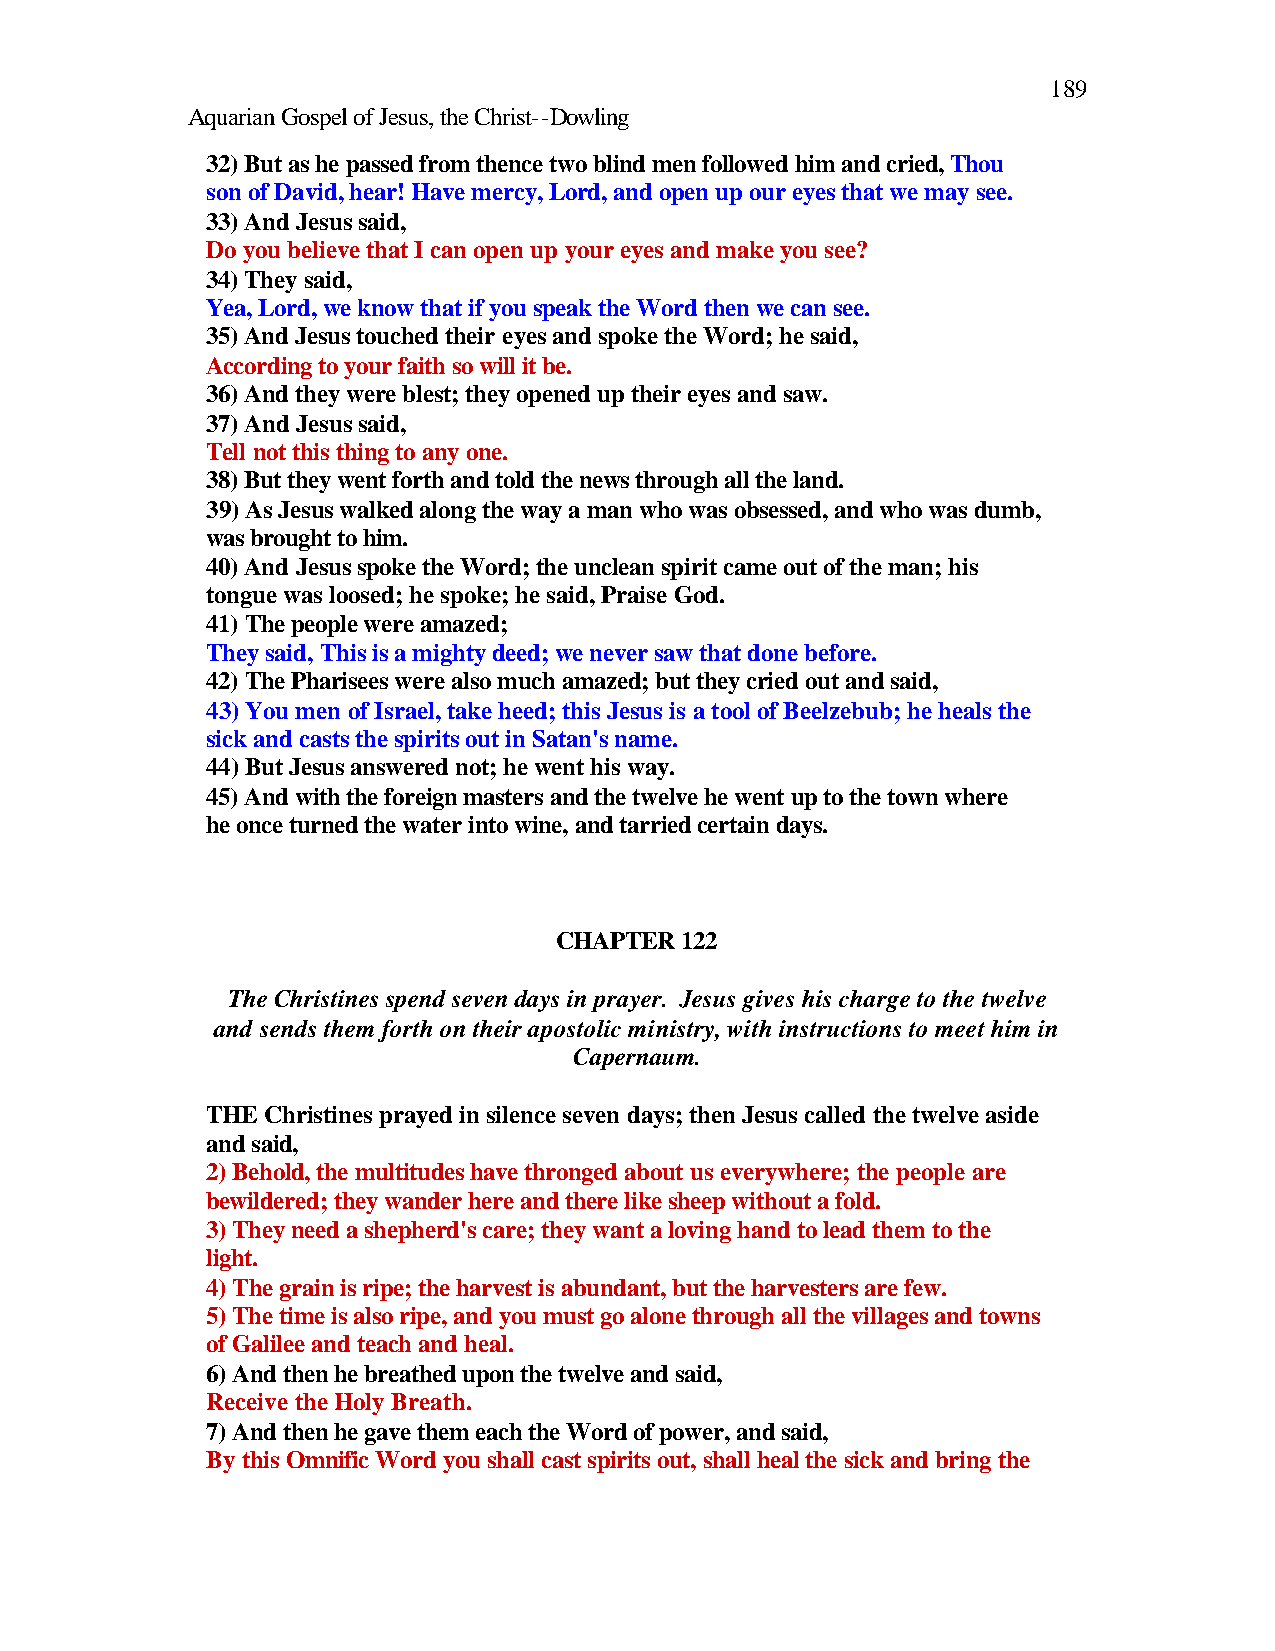
189
 Aquarian Gospel of Jesus, the Christ--Dowling
 32) But as he passed from thence two blind men followed him and cried, Thou
 son of David, hear! Have mercy, Lord, and open up our eyes that we may see.
 33) And Jesus said,
 Do you believe that I can open up your eyes and make you see?
 34) They said,
 Yea, Lord, we know that if you speak the Word then we can see.
 35) And Jesus touched their eyes and spoke the Word; he said,
 According to your faith so will it be.
 36) And they were blest; they opened up their eyes and saw.
 37) And Jesus said,
 Tell not this thing to any one.
 38) But they went forth and told the news through all the land.
 39) As Jesus walked along the way a man who was obsessed, and who was dumb,
 was brought to him.
 40) And Jesus spoke the Word; the unclean spirit came out of the man; his
 tongue was loosed; he spoke; he said, Praise God.
 41) The people were amazed;
 They said, This is a mighty deed; we never saw that done before.
 42) The Pharisees were also much amazed; but they cried out and said,
 43) You men of Israel, take heed; this Jesus is a tool of Beelzebub; he heals the
 sick and casts the spirits out in Satan's name.
 44) But Jesus answered not; he went his way.
 45) And with the foreign masters and the twelve he went up to the town where
 he once turned the water into wine, and tarried certain days.
 CHAPTER 122
 The Christines spend seven days in prayer. Jesus gives his charge to the twelve
 and sends them forth on their apostolic ministry, with instructions to meet him in
 Capernaum.
 THE Christines prayed in silence seven days; then Jesus called the twelve aside
 and said,
 2) Behold, the multitudes have thronged about us everywhere; the people are
 bewildered; they wander here and there like sheep without a fold.
 3) They need a shepherd's care; they want a loving hand to lead them to the
 light.
 4) The grain is ripe; the harvest is abundant, but the harvesters are few.
 5) The time is also ripe, and you must go alone through all the villages and towns
 of Galilee and teach and heal.
 6) And then he breathed upon the twelve and said,
 Receive the Holy Breath.
 7) And then he gave them each the Word of power, and said,
 By this Omnific Word you shall cast spirits out, shall heal the sick and bring the